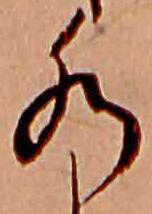
水